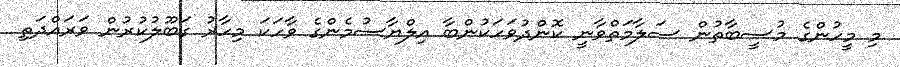
މި މީހުންގެ މުސީބާތުން ސަލާމަތްވާނީ ކޮންދުވަހަކުންބާ އިލްޔާސުމެންގެ ވާހަކަ މިހާރު ގަބޫލުކުރުން ވަރައްދަތި